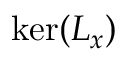
\ker ( L _ { x } )